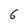
Character: 6